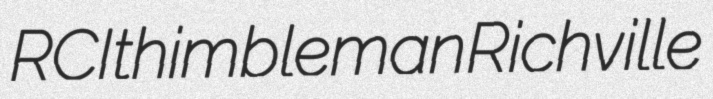
RCI thimbleman Richville